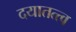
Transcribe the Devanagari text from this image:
दयातत्त्व